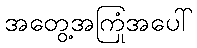
အတွေ့အကြုံအပေါ်